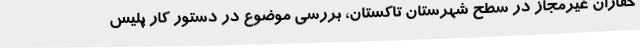
حفاران غیرمجاز در سطح شهرستان تاکستان، بررسی موضوع در دستور کار پلیس